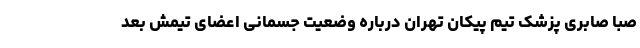
صبا صابری پزشک تیم پیکان تهران درباره وضعیت جسمانی اعضای تیمش بعد